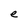
Character: e